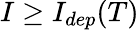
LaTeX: I\geq I_{dep}(T)